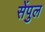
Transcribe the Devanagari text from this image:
सेंपुल